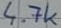
Text: 4.7k